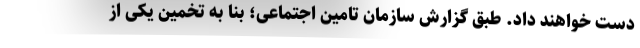
دست خواهند داد. طبق گزارش سازمان تامین اجتماعی؛ بنا به تخمین یکی از